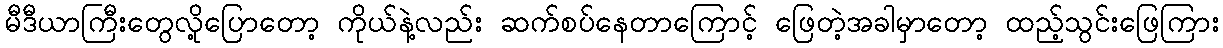
မီဒီယာကြီးတွေလို့ပြောတော့ ကိုယ်နဲ့လည်း ဆက်စပ်နေတာကြောင့် ဖြေတဲ့အခါမှာတော့ ထည့်သွင်းဖြေကြား